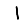
Digit: 1